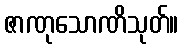
ဇာဏုသောဏိသုတ်။